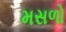
મસળો